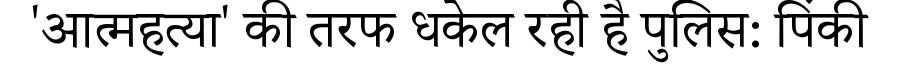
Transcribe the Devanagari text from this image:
'आत्महत्या' की तरफ धकेल रही है पुलिस: पिंकी